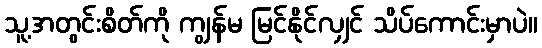
သူ့အတွင်းစိတ်ကို ကျွန်မ မြင်နိုင်လျှင် သိပ်ကောင်းမှာပဲ။